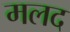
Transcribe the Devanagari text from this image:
मलद